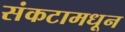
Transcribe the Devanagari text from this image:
संकटामधून